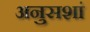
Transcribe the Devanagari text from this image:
अनुसशां